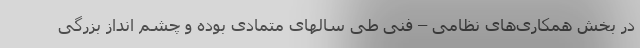
در بخش همکاری‌های نظامی – فنی طی سالهای متمادی بوده و چشم انداز بزرگی